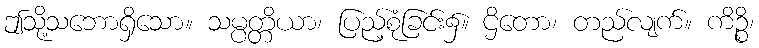
ဤသို့သဘောရှိသော။ သမ္ပတ္တိယာ၊ ပြည့်စုံခြင်း၌။ ဌိတော၊ တည်လျက်။ ကိဉ္စိ၊